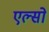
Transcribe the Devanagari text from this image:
एल्सो